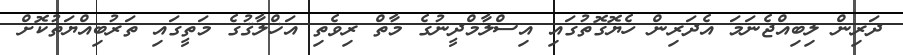
ދަރިން ލިބިއްޖެނަމަ އެދަރިން ހެޔޮގޮތުގައި އިސްލާމްދީނުގެ މާތް ރިވެތި އަޚްލާޤުގެ މަތީގައި ތަރުބިއްޔަތުކޮށް